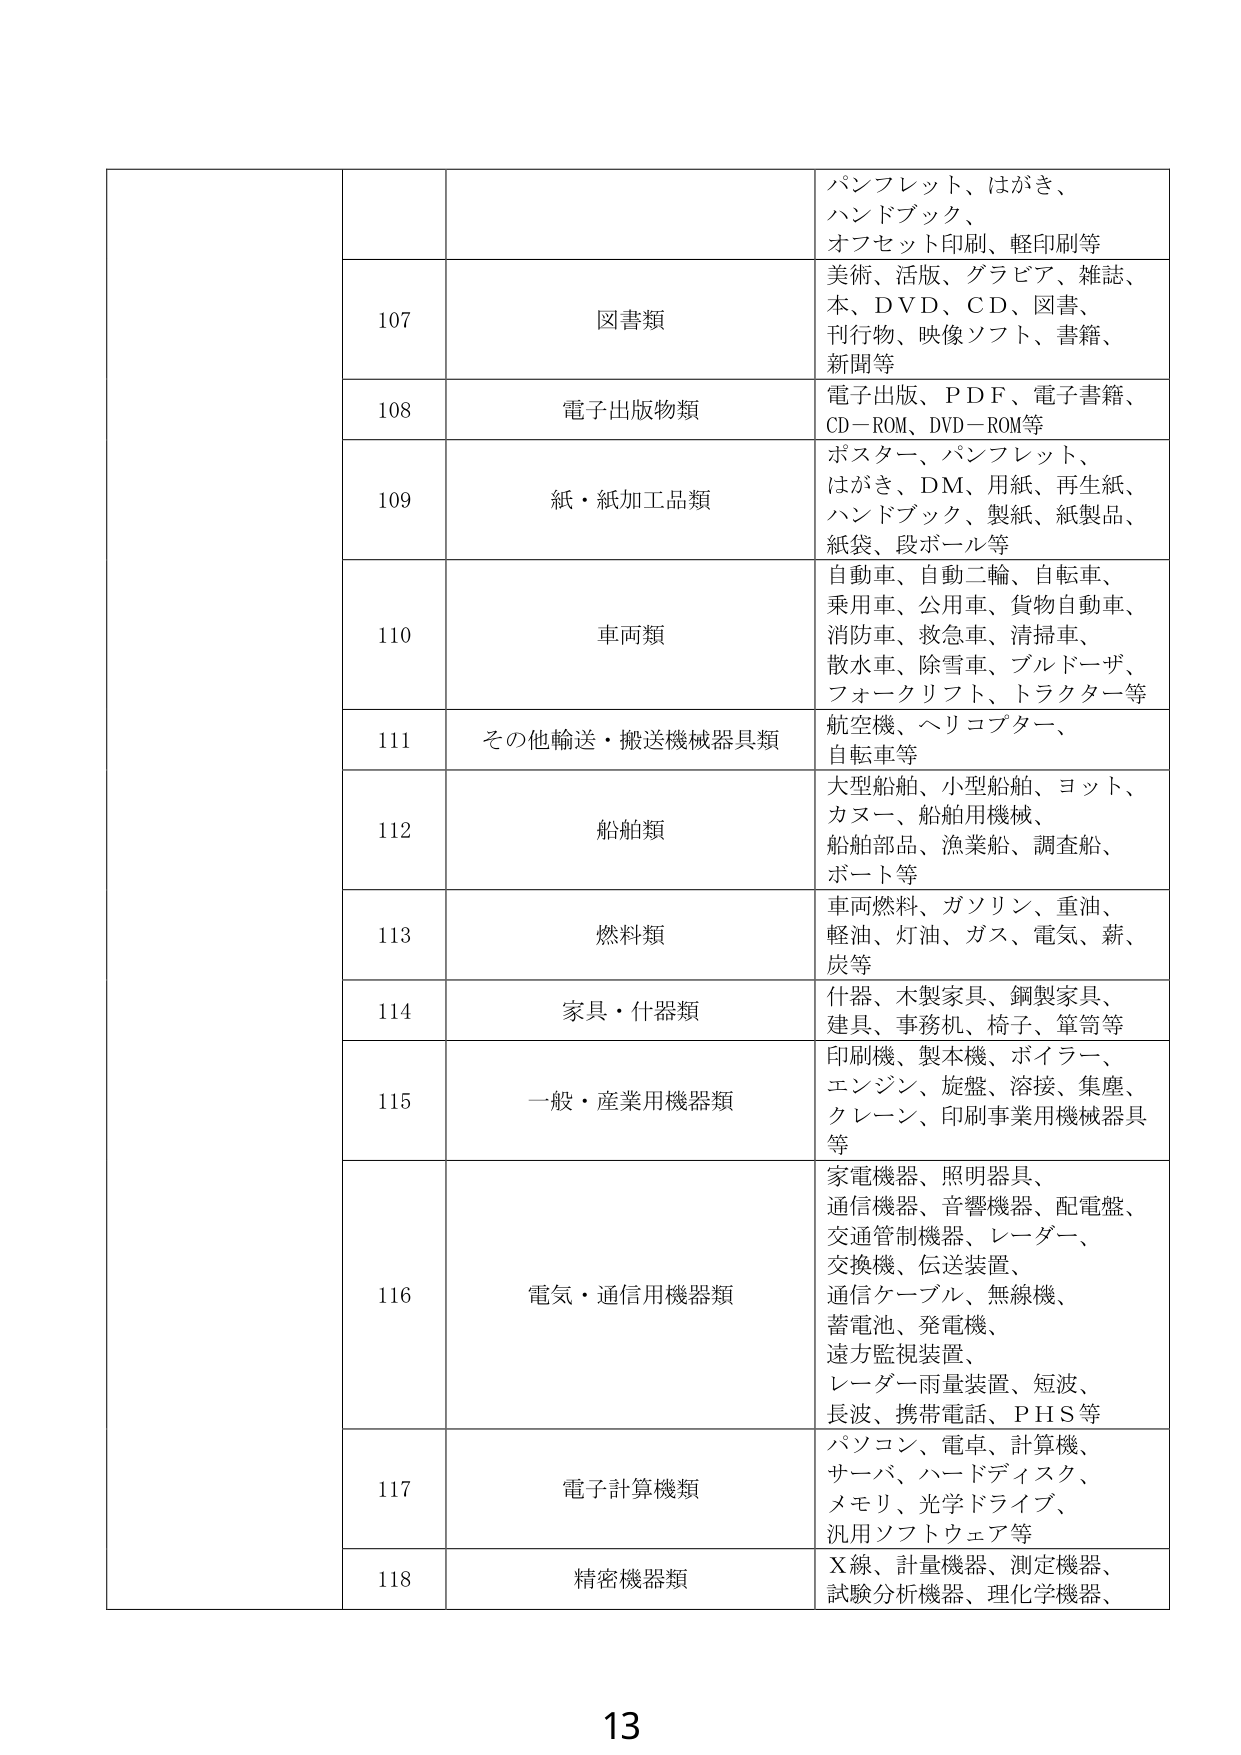
パンフレット、はがき、
ハンドブック、
オフセット印刷、軽印刷等

107 図書類
美術、活版、グラビア、雑誌、
本、ＤＶＤ、ＣＤ、図書、
刊行物、映像ソフト、書籍、
新聞等

108 電子出版物類
電子出版、ＰＤＦ、電子書籍、
ＣＤ－ＲＯＭ、ＤＶＤ－ＲＯＭ等

109 紙・紙加工品類
ポスター、パンフレット、
はがき、ＤＭ、用紙、再生紙、
ハンドブック、製紙、紙製品、
紙袋、段ボール等

110 車両類
自動車、自動二輪、自転車、
乗用車、公用車、貨物自動車、
消防車、救急車、清掃車、
散水車、除雪車、ブルドーザ、
フォークリフト、トラクター等

111 その他輸送・搬送機械器具類
航空機、ヘリコプター、
自転車等

112 船舶類
大型船舶、小型船舶、ヨット、
カヌー、船舶用機械、
船舶部品、漁業船、調査船、
ボート等

113 燃料類
車両燃料、ガソリン、重油、
軽油、灯油、ガス、電気、薪、
炭等

114 家具・什器類
什器、木製家具、鋼製家具、
建具、事務机、椅子、箪笥等

115 一般・産業用機器類
印刷機、製本機、ボイラー、
エンジン、旋盤、溶接、集塵、
クレーン、印刷事業用機械器具
等

116 電気・通信用機器類
家電機器、照明器具、
通信機器、音響機器、配電盤、
交通管制機器、レーダー、
交換機、伝送装置、
通信ケーブル、無線機、
蓄電池、発電機、
遠方監視装置、
レーダー雨量装置、短波、
長波、携帯電話、ＰＨＳ等

117 電子計算機類
パソコン、電卓、計算機、
サーバ、ハードディスク、
メモリ、光学ドライブ、
汎用ソフトウェア等

118 精密機器類
Ｘ線、計量機器、測定機器、
試験分析機器、理化学機器、

13